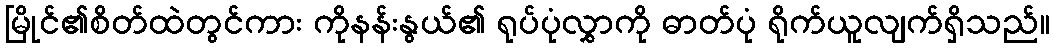
မြိုင်၏စိတ်ထဲတွင်ကား ကိုနန်းနွယ်၏ ရုပ်ပုံလွှာကို ဓာတ်ပုံ ရိုက်ယူလျက်ရှိသည်။